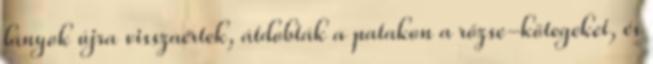
lányok újra visszaértek, átdobták a patakon a rőzse-kötegeket, és